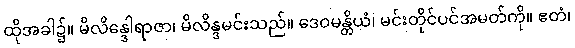
ထိုအခါ၌။ မိလိန္ဒေါရာဇာ၊ မိလိန္ဒမင်းသည်။ ဒေဝမန္တိယံ၊ မင်းတိုင်ပင်အမတ်ကို။ ဧတံ၊